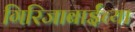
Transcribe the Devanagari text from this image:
गिरिजाबाईंच्या